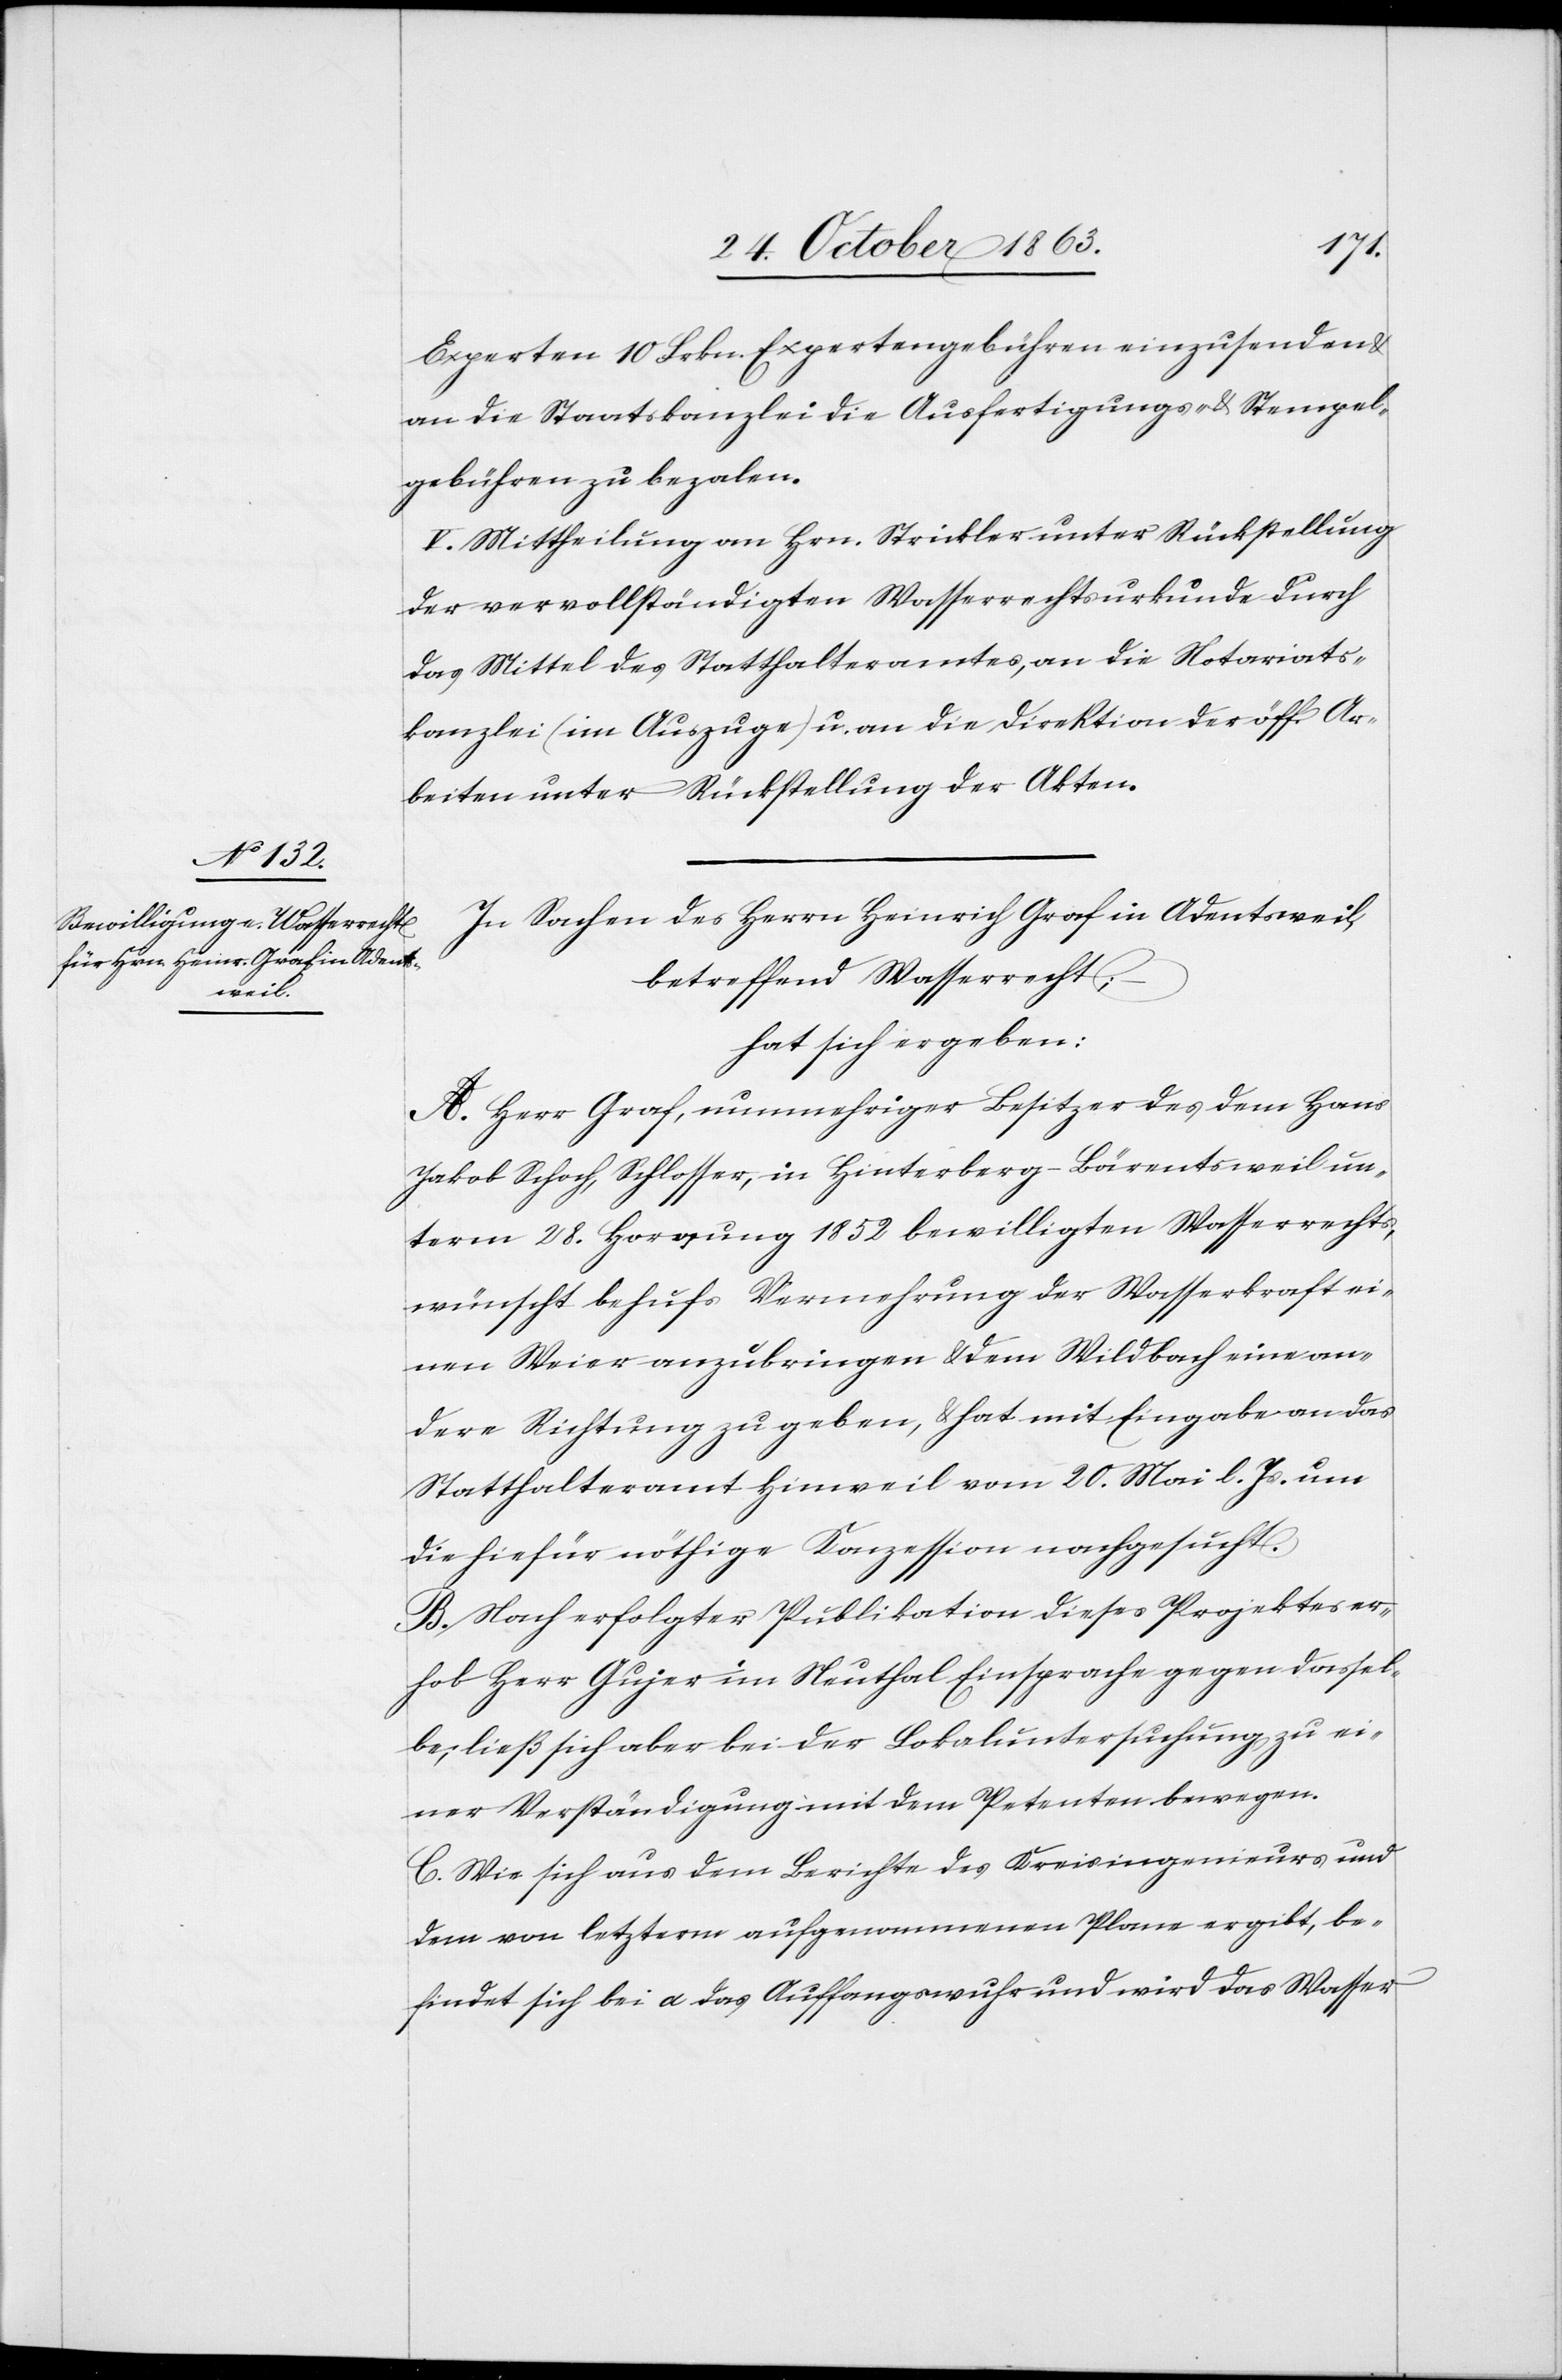
Experten 10 Frkn. Expertengebühren einzusenden
an die Staatskanzlei die Ausfertigungs- & Stempel¬
gebühren zu bezalen.
V. Mittheilung an Hrn. Strickler unter Rückstellung
der vervollständigten Wasserrechtsurkunde durch
das Mittel des Statthalteramtes, an die Notariats¬
kanzlei (im Auszuge) u. an die Direktion der öff. Ar¬
beiten unter Rückstellung der Akten.
In Sachen des Herrn Heinrich Graf in Adentsweil,
betreffend Wasserrecht;
hat sich ergeben:
A. Herr Graf, nunmehriger Besitzer des dem Hans
Jakob Schoch, Schlosser, in Hinterberg-Bärentsweil un¬
term 28. Hornung 1852 bewilligten Wasserrechts,
wünscht behufs Vermehrung der Wasserkraft ei¬
nen Weier anzubringen & dem Wildbach eine an¬
dere Richtung zu geben, & hat mit Eingabe an das
Statthalteramt Hinweil vom 20. Mai l. Js. um
die hiefür nöthige Konzession nachgesucht.
B. Nach erfolgter Publikation dieses Projektes er¬
hob Herr Gujer im Neuthal Einsprache gegen dassel¬
be; ließ sich aber bei der Lokaluntersuchung zu ei¬
ner Verständigung mit dem Petenten bewegen.
C. Wie sich aus dem Berichte des Kreisingenieurs und
dem von letzterm aufgenommenen Plane ergibt, be¬
findet sich bei a das Auffangswuhr und wird das Wasser